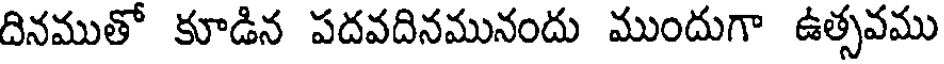
దినముతో కూడిన పదవదినమునందు ముందుగా ఉత్సవము